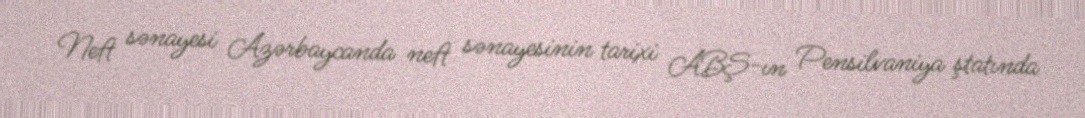
Neft sənayesi Azərbaycanda neft sənayesinin tarixi ABŞ-ın Pensilvaniya ştatında